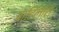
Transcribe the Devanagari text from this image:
पाहिलास